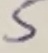
Text: 5